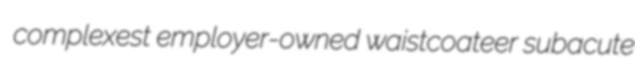
complexest employer-owned waistcoateer subacute